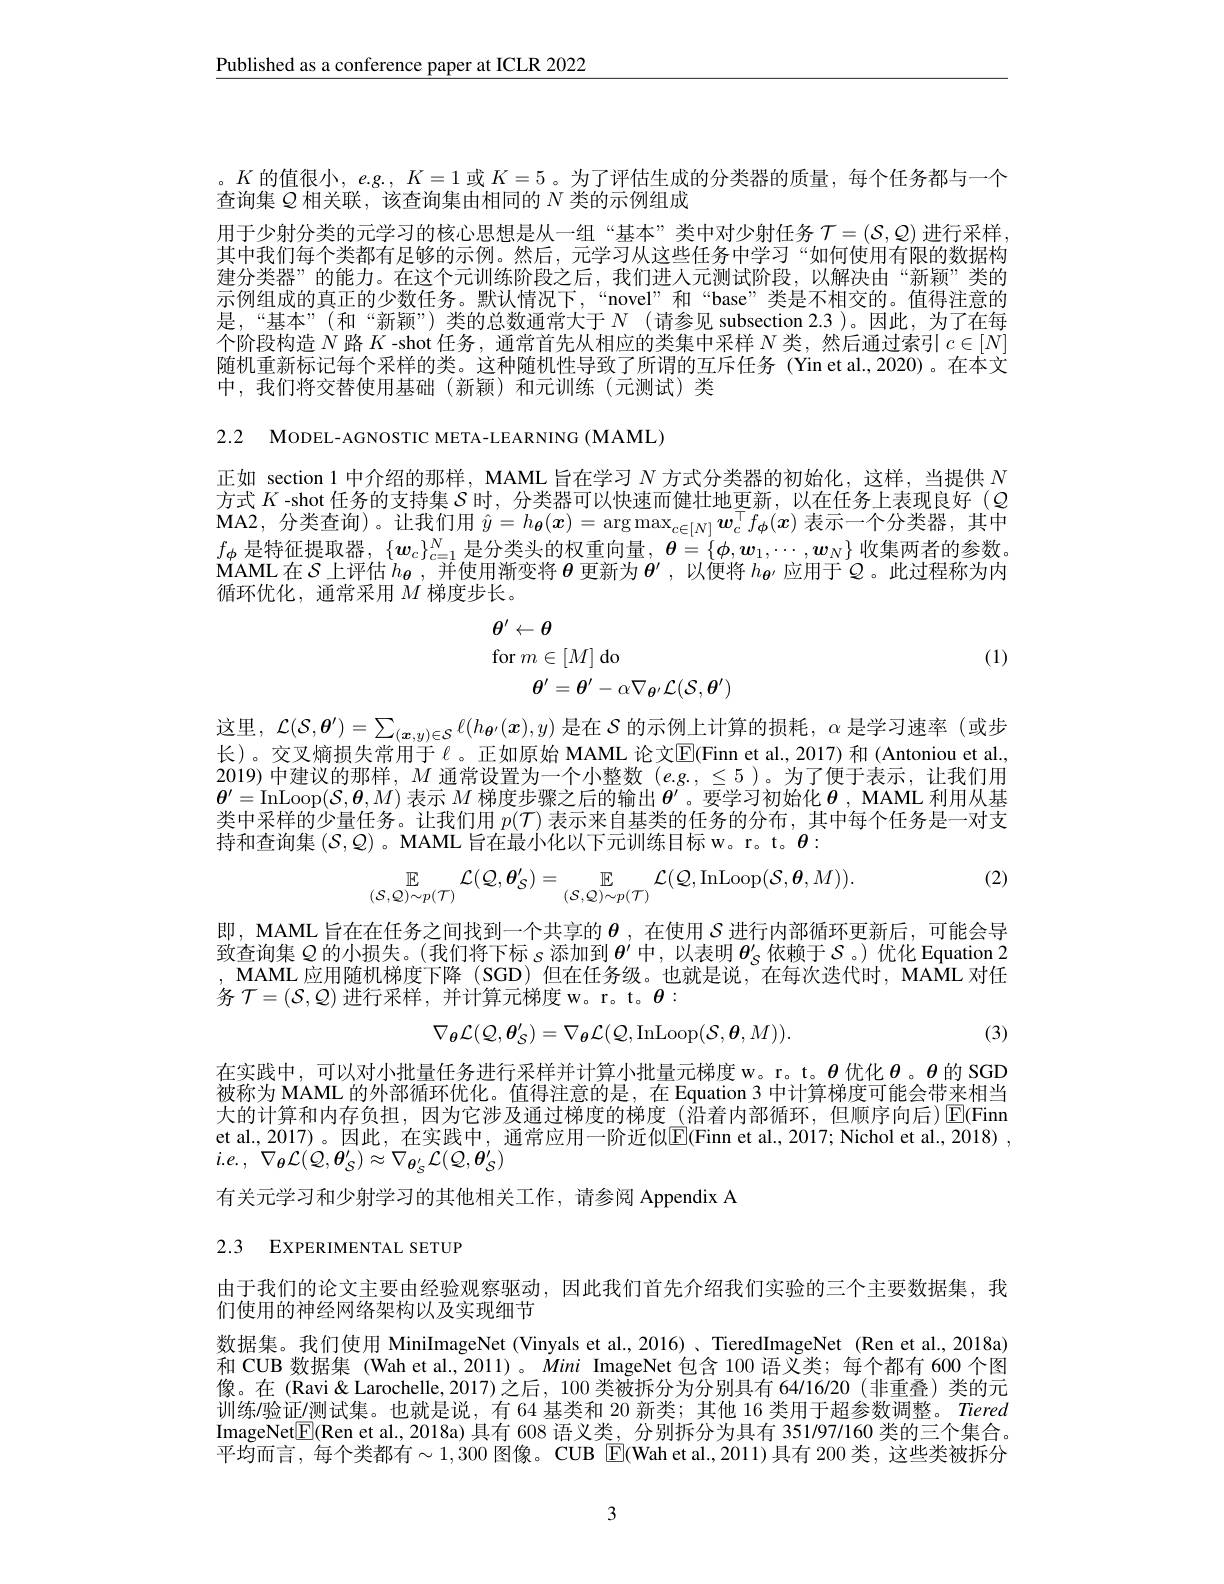
Published as a conference paper at ICLR 2022

。$K$的值很小，$e. g. $, $K= 1$或$K=5$ 。为了评估生成的分类器的质量，每个任务都与一个
查询集$Q$相关联，该查询集由相同的$N$类的示例组成
用于少射分类的元学习的核心思想是从一组“基本”类中对少射任务$\mathcal{T}=(\mathcal{S},\mathcal{Q})$进行采样其中我们每个类都有足够的示例。然后，元学习从这些任务中学习“如何使用有限的数据构建分类器”的能力。在这个元训练阶段之后，我们进入元测试阶段，以解决由“新颖”类的示例组成的真正的少数任务。默认情况下，“novel”和“base”类是不相交的。值得注意的是，“基本”(和“新颖”)类的总数通常大于$N$(请参见 subsection 2.3)。因此，为了在每个阶段构造$N$路$K$ -shot 任务，通常首先从相应的类集中采样$N$类，然后通过索引$c\in[N]$ 随机重新标记每个采样的类。这种随机性导致了所谓的互斥任务 (Yin et al.,2020)。在本文中，我们将交替使用基础(新颖)和元训练(元测试)类

2.2 MODEL-AGNOSTIC META-LEARNING (MAML)

正如 section 1 中介绍的那样，MAML 旨在学习$N$方式分类器的初始化，这样，当提供$N$ 方式$K$ -shot 任务的支持集$S$时，分类器可以快速而健壮地更新，以在任务上表现良好($Q$ MA2, 分 类 查 询 ) 。让 我 们 用 $\hat{y} = h_{\boldsymbol{\theta }}( \boldsymbol{x}) = \arg \max _{c\in [ N] }\boldsymbol{w}_c^\top f_{\boldsymbol{\phi }}( \boldsymbol{x})$表示一个分类器，其中$f_\phi$是特征提取器，$\{\boldsymbol w_c\}_c=1^N$是分类头的权重向量$,\boldsymbol{\theta}=\{\boldsymbol{\phi},\boldsymbol{w}_1,\cdots,\boldsymbol{w}_N\}$收集两者的参数。$\dot{\text{MAML在}S}$上评估$h_{\boldsymbol{\theta}}$,并使用渐变将$\boldsymbol{\theta}$更新为$\boldsymbol{\theta}^\prime$,以便将$h_{\boldsymbol{\theta}\prime}$应用于$\mathcal{Q}$。此过程称为内循环优化，通常采用$M$梯度步长。

(1)
$$\begin{array}{l}\theta^{\prime}\leftarrow\theta\\\mathrm{for}\:m\in[M]\:\mathrm{do}\\\theta^{\prime}=\theta^{\prime}-\alpha\nabla_{\theta^{\prime}}\mathcal{L}(\mathcal{S},\theta^{\prime})\end{array}$$
这里，$\mathcal{L}(\mathcal{S},\boldsymbol{\theta}^\prime)=\sum_{(\boldsymbol{x},y)\in\mathcal{S}}\ell(h_{\boldsymbol{\theta}^{\prime}}(\boldsymbol{x}),y)$是在$\mathcal{S}$的示例上计算的损耗，$\alpha$是学习速率 (或步长)。交叉熵损失常用于《。正如原始 MAML 论文$\boxed{\mathrm{E}}($Finn et al.,2017)和(Antoniou et al., 2019) 中建议的那样，$M$通常设置为一个小整数$(e.g.,\leq5)$。为了便于表示，让我们用$\boldsymbol{\theta}^{\prime}=$InLoop$(\mathcal{S},\boldsymbol{\theta},M)$表示$M$梯度步骤之后的输出$\boldsymbol{\theta}^\prime$。要学习初始化$\boldsymbol{\theta}$, MAML 利用从基类中采样的少量任务。让我们用$p(\mathcal{T})$表示来自基类的任务的分布，其中每个任务是一对支持和查询集$(\mathcal{S},\mathcal{Q})$ 。MAML 旨在最小化以下元训练目标 w。r。t。$\theta:$

(2)
$$\mathbb{E}_{(\mathcal{S},\mathcal{Q})\sim p(\mathcal{T})}\mathcal{L}(\mathcal{Q},\boldsymbol{\theta}_{\mathcal{S}}^{\prime})=\mathbb{E}_{(\mathcal{S},\mathcal{Q})\sim p(\mathcal{T})}\mathcal{L}(\mathcal{Q},\mathrm{InLoop}(\mathcal{S},\boldsymbol{\theta},M)).$$
即，MAML 旨在在任务之间找到一个共享的$\boldsymbol{\theta}$ ,在使用$\mathcal{S}$进行内部循环更新后，可能会导致查询集$\varrho$的小损失。(我们将下标$s$添加到$\theta^\prime$中，以表明$\theta_S^\prime$依赖于$\mathcal{S}$。)优化 Equation 2 $,\mathbf{MAML}$应用随机梯度下降(SGD)但在任务级。也就是说，在每次迭代时，MAML 对任务$\mathcal{T}=(\mathcal{S},\mathcal{Q})$进行采样，并计算元梯度 w。r。t。$\theta:$

(3)
$$\nabla_{\boldsymbol{\theta}}\mathcal{L}(\mathcal{Q},\boldsymbol{\theta}_{\mathcal{S}}^{\prime})=\nabla_{\boldsymbol{\theta}}\mathcal{L}(\mathcal{Q},\mathrm{InLoop}(\mathcal{S},\boldsymbol{\theta},M)).$$
在实践中，可以对小批量任务进行采样并计算小批量元梯度 w。r。t。$\theta$优化$\theta$。$\theta$ 的 SGD 被称为 MAML 的外部循环优化。值得注意的是，在 Equation 3 中计算梯度可能会带来相当大的计算和内存负担，因为它涉及通过梯度的梯度 (沿着内部循环，但顺序向后)$\overline{\mathrm{E}}($Finn et al., 2017)。因此，在实践中，通常应用一阶近似$\boxed{\mathrm{E}}($Finn et al., 2017; Nichol et al., 2018) , $i. e.$ , $\nabla _{\theta }{\mathcal{L} }( Q, \boldsymbol{\theta }_{S}^{\prime }) \approx \nabla _{\boldsymbol{\theta }_{S}^{\prime }}{\mathcal{L} }( \mathcal{Q} , \boldsymbol{\theta }_{S}^{\prime })$
有关元学习和少射学习的其他相关工作，请参阅 Appendix A

# 2.3 EXPERIMENTAL SETUP

由于我们的论文主要由经验观察驱动，因此我们首先介绍我们实验的三个主要数据集，我
们使用的神经网络架构以及实现细节
数据集。我们使用 MiniImageNet (Vinyals et al.,2016)、TieredImageNet (Ren et al.,2018a) 和 CUB 数据集 (Wah et al., 2011)。Mini ImageNet 包含 100 语义类；每个都有 600 个图像。在(Ravi& Larochelle,2017)之后，100 类被拆分为分别具有 64/16/20(非重叠)类的元训练/验证/测试集。也就是说，有 64 基类和 20 新类；其他 16 类用于超参数调整。Tiered ImageNet$\boxed{\mathrm{F}}($Ren et al., 2018a) 具有 608 语义类，分别拆分为具有 351197/160 类的三个集合。平均而言，每个类都有$\sim1,300$ 图像。CUB E(Wah et al.,2011)具有 200 类，这些类被拆分

3